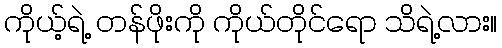
ကိုယ့်ရဲ့ တန်ဖိုးကို ကိုယ်တိုင်ရော သိရဲ့လား။